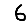
Digit: 6